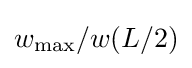
w_{\mathrm {max} }/w(L/2)